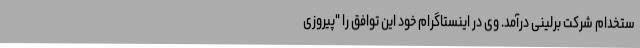
ستخدام شرکت برلینی درآمد. وی در اینستاگرام خود این توافق را "پیروزی